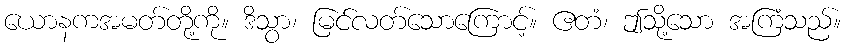
ယောနကအမတ်တို့ကို။ ဒိသွာ၊ မြင်လတ်သောကြောင့်။ ဧတံ၊ ဤသို့သော အကြံသည်။